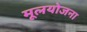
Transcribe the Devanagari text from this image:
मूलयोजना